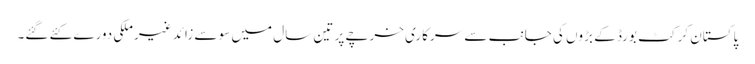
پاکستان کرکٹ بورڈ کے بڑوں کی جانب سے سرکاری خرچے پر تین سال میں سو سے زائد غیرملکی دورے کئے گئے۔